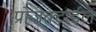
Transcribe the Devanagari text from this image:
प्रोजेक्टाईल